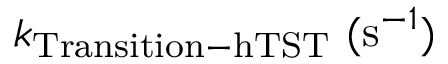
k _ { \mathrm { T r a n s i t i o n - h T S T } } ~ ( \mathrm { s } ^ { - 1 } )